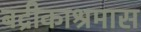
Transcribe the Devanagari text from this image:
बद्रीकाश्रमास